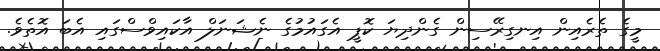
މީގެ ތެރެއިން އިނގިރޭސިން ގެންދިޔަ ކޮޕީ އެގައުމުގެ ނެޝަނަލް އާކައިވްސްގައި އެބަ އޮތެވެ.